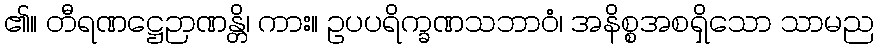
၏။ တီရဏဋ္ဌေဉာဏန္တိ၊ ကား။ ဥပပရိက္ခဏသဘာဝံ၊ အနိစ္စအစရှိသော သာမည